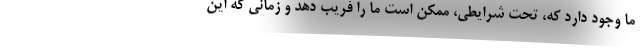
ما وجود دارد که، تحت شرایطی، ممکن است ما را فریب دهد و زمانی که این